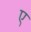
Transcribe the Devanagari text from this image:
ए़